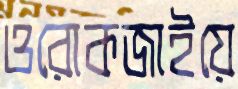
ওরোকজাইয়ে